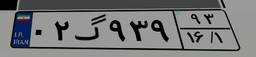
۰۲گ۹۳۹۹۳